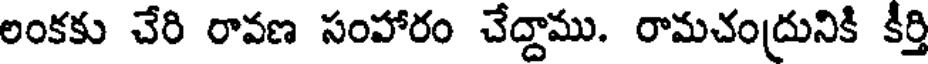
లంకకు చేరి రావణ సంహారం చేద్దాము. రామచంద్రునికి కీర్తి